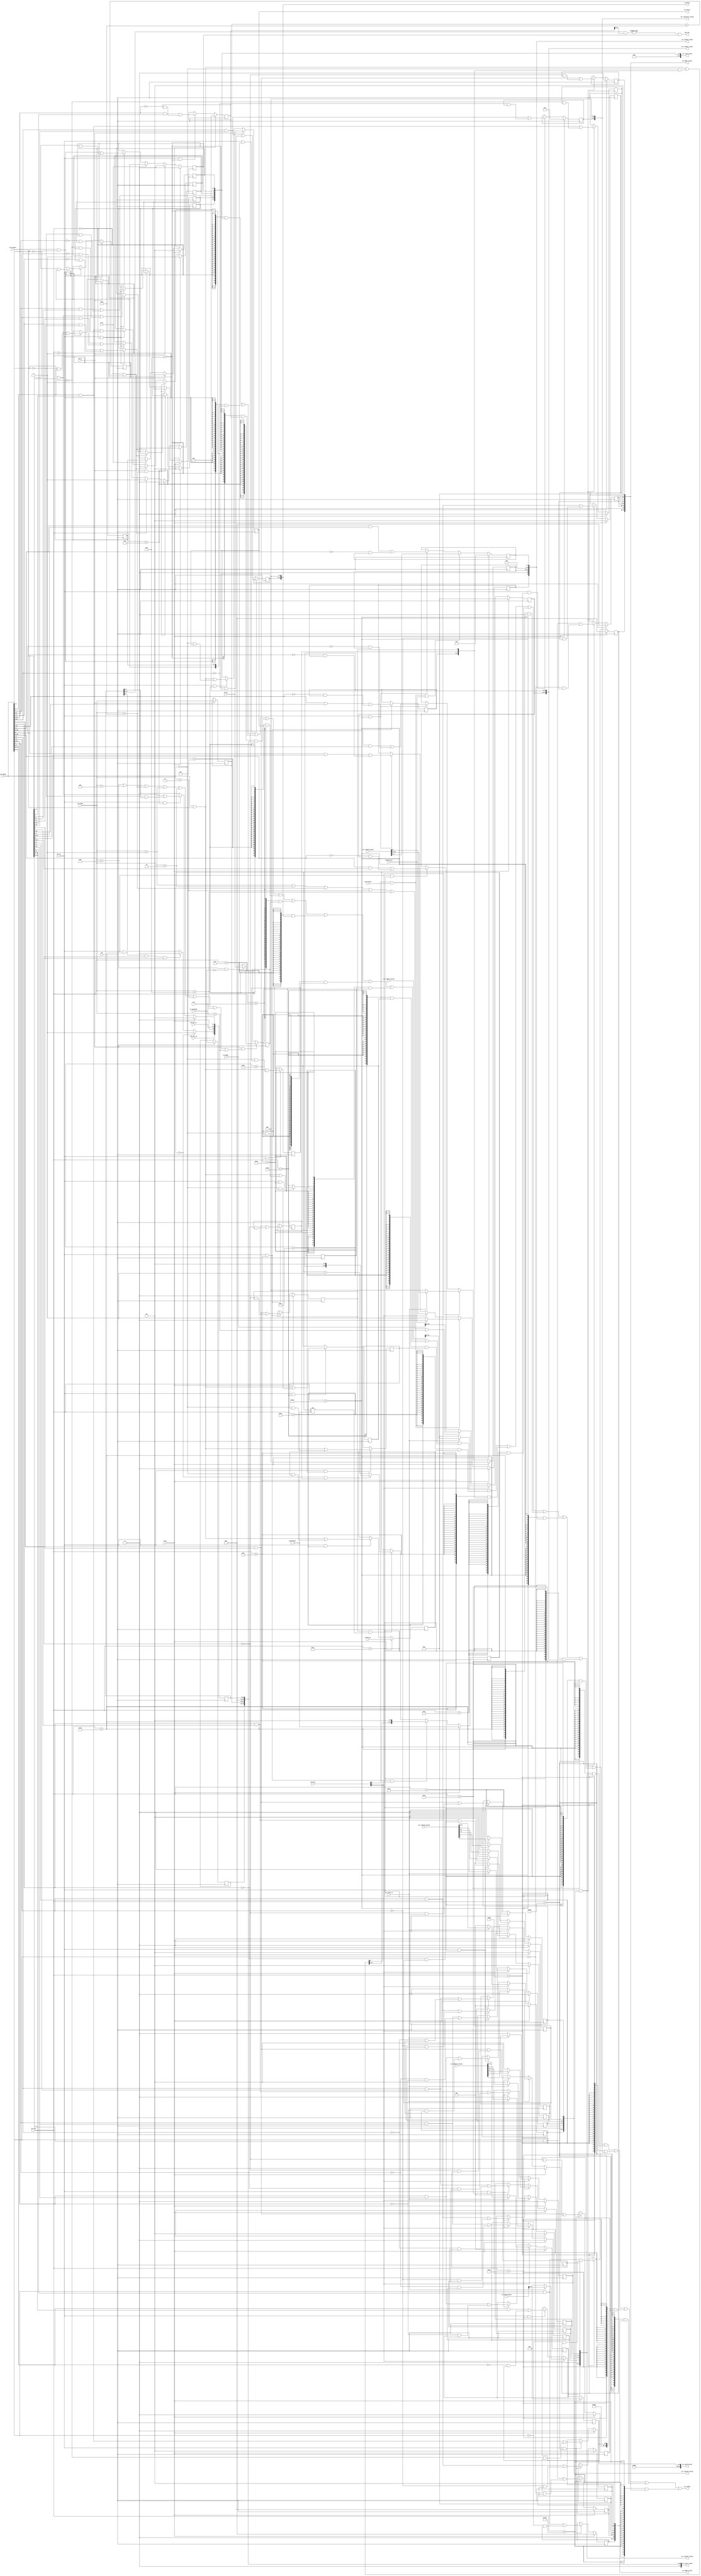
// CSR_NUM declaration
    `define CSR_CRMD      32'h0
    `define CSR_PRMD      32'h1
    `define CSR_ECFG      32'h4
    `define CSR_ESTAT     32'h5
    `define CSR_ERA       32'h6
    `define CSR_BADV      32'h7
    `define CSR_EENTRY    32'hc
    `define CSR_TLBIDX    32'h10
    `define CSR_TLBEHI    32'h11
    `define CSR_TLBELO0   32'h12
    `define CSR_TLBELO1   32'h13
    `define CSR_ASID      32'h18
    `define CSR_SAVE0     32'h30
    `define CSR_SAVE1     32'h31   
    `define CSR_SAVE2     32'h32
    `define CSR_SAVE3     32'h33
    `define CSR_TID       32'h40
    `define CSR_TCFG      32'h41
    `define CSR_TVAL      32'h42
    `define CSR_TICLR     32'h44
    `define CSR_TLBRENTRY 32'h88
    `define CSR_DMW0      32'h180
    `define CSR_DMW1      32'h181

// CSR_SEL declaration
    `define CSR_CRMD_PLV      1 :0  
    `define CSR_CRMD_IE       2
    `define CSR_CRMD_DA       3
    `define CSR_CRMD_PG       4 
    `define CSR_CRMD_DATF     6 :5
    `define CSR_CRMD_DATM     8 :7
    `define CSR_PRMD_PPLV     1 :0
    `define CSR_PRMD_PIE      2
    `define CSR_ECFG_LIE      12:0
    `define CSR_ESTAT_IS10    1 :0
    `define CSR_TICLR_CLR     0
    `define CSR_ERA_PC        31:0
    `define CSR_EENTRY_VA     31:6
    `define CSR_SAVE_DATA     31:0
    `define CSR_TID_TID       31:0
    `define CSR_TCFG_EN       0
    `define CSR_TCFG_PERIOD   1
    `define CSR_TCFG_INITV    31:2
    `define CSR_TCFG_INITVAL  31:2
    `define CSR_TLBIDX_INDEX  3 :0
    `define CSR_TLBIDX_PS     29:24
    `define CSR_TLBIDX_NE     31
    `define CSR_TLBEHI_VPPN   31:13
    `define CSR_TLBELO_V      0
    `define CSR_TLBELO_D      1
    `define CSR_TLBELO_PLV    3 :2
    `define CSR_TLBELO_MAT    5 :4
    `define CSR_TLBELO_G      6
    `define CSR_TLBELO_PPN    31:8
    `define CSR_TLBRENTRY_PA  31:6
    `define CSR_ASID_ASID     9 :0
    `define CSR_ASID_ASIDBITS 23:16
    `define CSR_DMW_PLV0      0
    `define CSR_DMW_PLV3      3
    `define CSR_DMW_MAT       5 :4
    `define CSR_DMW_PSEG      27:25
    `define CSR_DMW_VSEG      31:29


// EX_CODE declaration
    `define ECODE_INT     6'h0
    `define ECODE_PIL     6'h1
    `define ECODE_PIS     6'h2
    `define ECODE_PIF     6'h3
    `define ECODE_PME     6'h4
    `define ECODE_PPI     6'h7    
    `define ECODE_ADE     6'h8
    `define ECODE_ALE     6'h9
    `define ECODE_SYS     6'hb
    `define ECODE_BRK     6'hc
    `define ECODE_INE     6'hd
    `define ECODE_IPE     6'he
    `define ECODE_FPD     6'hf
    `define ECODE_TLBR    6'h3f 
    `define ESUBCODE_ADEF 9'h0  
    `define ESUBCODE_ADEM 9'h1

module csr(
    input          clk,
    input          reset,
// read port
    input  [13: 0] csr_num,
    output [31: 0] csr_rvalue,
// write port
    input          csr_we,
    input  [31: 0] csr_wmask,
    input  [31: 0] csr_wvalue,

// exception trigger
    input          ws_ex, 
    input  [5 : 0] ws_ecode, 
    input  [8 : 0] ws_esubcode,
    input  [31: 0] ws_pc,
    input  [31: 0] ws_vaddr,
    input  [31: 0] coreid_in,
    input          ertn,  //ertn

    output         has_int, 
    output [31: 0] ex_entry, 
    output [31: 0] era_entry,
    
    input  [7 : 0] hw_int_in,
    input          ipi_int_in,

    // tlb relative
    input  [4 : 0] tlb_bus, //as order::tlbsrch,tlbrd,tlbwr,tlbfill,invtlb
    input          srch_valid,
    input          tlbsrch_hit,
    input          csr_tlbrd_re,
    input  [31: 0] csr_tlbidx_wvalue,
    input  [31: 0] csr_tlbehi_wvalue,
    input  [31: 0] csr_tlbelo0_wvalue,
    input  [31: 0] csr_tlbelo1_wvalue,
    input  [31: 0] csr_asid_wvalue,

    output [31: 0] csr_tlbrentry_rvalue,

    output [31: 0] csr_tlbidx_rvalue,
    output [31: 0] csr_tlbehi_rvalue,
    output [31: 0] csr_tlbelo0_rvalue,
    output [31: 0] csr_tlbelo1_rvalue,
    output [31: 0] csr_asid_rvalue,
    output [31: 0] csr_crmd_rvalue,
    output [31: 0] csr_dmw0_rvalue,
    output [31: 0] csr_dmw1_rvalue,
    output [31: 0] csr_estat_rvalue
);


// CRMD
    reg  [ 1: 0] csr_crmd_plv;
    reg          csr_crmd_ie;
    reg          csr_crmd_da;
    reg          csr_crmd_pg;
    reg  [ 1: 0] csr_crmd_datf;
    reg  [ 1: 0] csr_crmd_datm;

// PRMD
    reg  [ 1: 0] csr_prmd_pplv;
    reg          csr_prmd_pie;
    wire [31: 0] csr_prmd_rvalue;
 
// ECFG
    reg  [12: 0] csr_ecfg_lie;
    wire [31: 0] csr_ecfg_rvalue;

// ESTAT
    reg  [12: 0] csr_estat_is;
    reg  [21:16] csr_estat_ecode;
    reg  [30:22] csr_estat_esubcode;

// ERA
    reg  [31: 0] csr_era_pc;
    wire [31: 0] csr_era_rvalue;

// BADV
    wire         ws_ex_addr_err;
    reg  [31: 0] csr_badv_vaddr;
    wire [31: 0] csr_badv_rvalue;

// EENTRY
    reg  [31: 6] csr_eentry_va;
    wire [31: 0] csr_eentry_rvalue;

// SAVE0~3
    reg  [31: 0] csr_save0_data;
    reg  [31: 0] csr_save1_data;
    reg  [31: 0] csr_save2_data;
    reg  [31: 0] csr_save3_data;
    wire [31: 0] csr_save0_rvalue;
    wire [31: 0] csr_save1_rvalue;
    wire [31: 0] csr_save2_rvalue;
    wire [31: 0] csr_save3_rvalue;

// TID
    reg  [31: 0] csr_tid_tid;
    wire [31: 0] csr_tid_rvalue;

// TCFG
    reg          csr_tcfg_en;
    reg          csr_tcfg_periodic;
    reg  [31: 2] csr_tcfg_initval;
    wire [31: 0] csr_tcfg_rvalue;

// TVAL
    wire [31: 0] tcfg_next_value;
    reg  [31: 0] timer_cnt;
    wire [31: 0] csr_tval_timeval;
    wire [31: 0] csr_tval_rvalue;

// TICLR
    wire         csr_ticlr_clr;
    wire [31: 0] csr_ticlr_rvalue;

// TLBIDX
    reg  [3 : 0] csr_tlbidx_index;
    reg  [29:24] csr_tlbidx_ps;
    reg          csr_tlbidx_ne;

// TLBEHI
    reg  [31:13] csr_tlbehi_vppn;

// TLBELO
    reg          csr_tlbelo0_v;
    reg          csr_tlbelo0_d;
    reg  [3 : 2] csr_tlbelo0_plv;
    reg  [5 : 4] csr_tlbelo0_mat;
    reg          csr_tlbelo0_g;
    reg  [31: 8] csr_tlbelo0_ppn;
    reg          csr_tlbelo1_v;
    reg          csr_tlbelo1_d;
    reg  [3 : 2] csr_tlbelo1_plv;
    reg  [5 : 4] csr_tlbelo1_mat;
    reg          csr_tlbelo1_g;
    reg  [31: 8] csr_tlbelo1_ppn;

// TLBRENTRY
    reg  [31: 6] csr_tlbrentry_pa;
    // wire [31: 0] csr_tlbrentry_rvalue;

// ASID
    reg  [9 : 0] csr_asid_asid;
    wire [7 : 0] csr_asid_asidbits = 8'd10;

// DMW
    reg          csr_dmw0_plv0;
    reg          csr_dmw0_plv3;
    reg  [5 : 4] csr_dmw0_mat;
    reg  [27:25] csr_dmw0_pseg;
    reg  [31:29] csr_dmw0_vseg; 
    reg          csr_dmw1_plv0;
    reg          csr_dmw1_plv3;
    reg  [5 : 4] csr_dmw1_mat;
    reg  [27:25] csr_dmw1_pseg;
    reg  [31:29] csr_dmw1_vseg;


// CRMD: PLV & IE
always @(posedge clk) begin
    if (reset) begin
        csr_crmd_plv <= 2'b0;
        csr_crmd_ie <= 1'b0;
    end
    else if (ws_ex) begin
        csr_crmd_plv <= 2'b0;
        csr_crmd_ie <= 1'b0;
    end
    else if (ertn) begin
        csr_crmd_plv <= csr_prmd_pplv;
        csr_crmd_ie <= csr_prmd_pie;
    end
    else if (csr_we && csr_num==`CSR_CRMD) begin
        csr_crmd_plv <= csr_wmask[`CSR_CRMD_PLV] & csr_wvalue[`CSR_CRMD_PLV]
                    | ~csr_wmask[`CSR_CRMD_PLV] & csr_crmd_plv;
        csr_crmd_ie <= csr_wmask[`CSR_PRMD_PIE] & csr_wvalue[`CSR_PRMD_PIE]
                    | ~csr_wmask[`CSR_PRMD_PIE] & csr_crmd_ie;
        
    end
end

always @(posedge clk ) begin
    if(reset) begin
        csr_crmd_da <= 1'b1;
        csr_crmd_pg <= 1'b0;
        csr_crmd_datf <= 2'b0;
        csr_crmd_datm <= 2'b0;
    end
    else if(ws_ex && ws_ecode == 6'h3f) begin
        csr_crmd_da <= 1'b1;
        csr_crmd_pg <= 1'b0;
    end
    else if(ertn && csr_estat_ecode == 6'b111111) begin
        csr_crmd_da <= 1'b0;
        csr_crmd_pg <= 1'b1;
        // csr_crmd_datf <= 2'b01;
        // csr_crmd_datm <= 2'b01;
    end
    else if(csr_we && csr_num == `CSR_CRMD) begin
        csr_crmd_da <= csr_wmask[`CSR_CRMD_DA] & csr_wvalue[`CSR_CRMD_DA]
                    | ~csr_wmask[`CSR_CRMD_DA] & csr_crmd_da;
        csr_crmd_pg <= csr_wmask[`CSR_CRMD_PG] & csr_wvalue[`CSR_CRMD_PG]
                    | ~csr_wmask[`CSR_CRMD_PG] & csr_crmd_pg;
        csr_crmd_datf <= csr_wmask[`CSR_CRMD_DATF] & csr_wvalue[`CSR_CRMD_DATF]
                    | ~csr_wmask[`CSR_CRMD_DATF] & csr_crmd_datf;
        csr_crmd_datm <= csr_wmask[`CSR_CRMD_DATM] & csr_wvalue[`CSR_CRMD_DATM]
                    | ~csr_wmask[`CSR_CRMD_DATM] & csr_crmd_datm;
    end 
end


//PRMD: PPLV & IE
always @(posedge clk) begin
    if(ws_ex) begin
        csr_prmd_pplv <= csr_crmd_plv;
        csr_prmd_pie  <= csr_crmd_ie;
    end
    else if(csr_we && csr_num == `CSR_PRMD) begin
        csr_prmd_pplv <= csr_wmask[`CSR_PRMD_PPLV] & csr_wvalue[`CSR_PRMD_PPLV]
                      | ~csr_wmask[`CSR_PRMD_PPLV] & csr_prmd_pplv;
        csr_prmd_pie  <= csr_wmask[`CSR_PRMD_PIE] & csr_wvalue[`CSR_PRMD_PIE]
                      | ~csr_wmask[`CSR_PRMD_PIE] & csr_prmd_pie;
    end
end

// ECFG: LIE
always @(posedge clk) begin
    if(reset)
        csr_ecfg_lie <= 13'b0;
    else if(csr_we && csr_num == `CSR_ECFG)
        csr_ecfg_lie <= csr_wmask[`CSR_ECFG_LIE] & csr_wvalue[`CSR_ECFG_LIE]
                      | ~csr_wmask[`CSR_ECFG_LIE] & csr_ecfg_lie;
end

// ESTAT: IS
always @(posedge clk) begin
    if(reset)
        csr_estat_is[1:0] <= 2'b0;
    else if(csr_we && csr_num == `CSR_ESTAT)
        csr_estat_is[1:0] <= csr_wmask[`CSR_ESTAT_IS10] & csr_wvalue[`CSR_ESTAT_IS10]
                          | ~csr_wmask[`CSR_ESTAT_IS10] & csr_estat_is[1:0];
    
    csr_estat_is[9:2] <= hw_int_in[7:0];

    csr_estat_is[10] <= 1'b0;

    if (timer_cnt[31:0]==32'b0)
        csr_estat_is[11] <= 1'b1;
    else if (csr_we && csr_num==`CSR_TICLR && csr_wmask[`CSR_TICLR_CLR] && csr_wvalue[`CSR_TICLR_CLR]) 
        csr_estat_is[11] <= 1'b0;

    csr_estat_is[12] <= ipi_int_in;
end

// ESTAT: Ecode & EsubCode
always @(posedge clk) begin
    if (ws_ex) begin
        csr_estat_ecode <= ws_ecode;
        csr_estat_esubcode <= ws_esubcode;
    end
end

// ERA
always @(posedge clk) begin
    if (ws_ex)
        csr_era_pc <= ws_pc;
    else if (csr_we && csr_num==`CSR_ERA)
        csr_era_pc <= csr_wmask[`CSR_ERA_PC] & csr_wvalue[`CSR_ERA_PC]
                   | ~csr_wmask[`CSR_ERA_PC] & csr_era_pc;
end

// BADV
assign ws_ex_addr_err = ws_ecode == `ECODE_ADE || ws_ecode == `ECODE_ALE 
                    || ws_ecode == `ECODE_TLBR || ws_ecode == `ECODE_PIL 
                    || ws_ecode == `ECODE_PIS || ws_ecode == `ECODE_PIF
                    || ws_ecode == `ECODE_PME || ws_ecode == `ECODE_PPI;

always @(posedge clk) begin
    if (ws_ex && ws_ex_addr_err)
        csr_badv_vaddr <= (ws_ecode==`ECODE_ADE && ws_esubcode==`ESUBCODE_ADEF) ? ws_pc : ws_vaddr;
end

// EENTRY
always @(posedge clk) begin
    if (csr_we && csr_num==`CSR_EENTRY)
        csr_eentry_va <= csr_wmask[`CSR_EENTRY_VA] & csr_wvalue[`CSR_EENTRY_VA]
                      | ~csr_wmask[`CSR_EENTRY_VA] & csr_eentry_va;
end

// SAVE
always @(posedge clk) begin
    if (csr_we && csr_num==`CSR_SAVE0)
        csr_save0_data <= csr_wmask[`CSR_SAVE_DATA] & csr_wvalue[`CSR_SAVE_DATA]
                       | ~csr_wmask[`CSR_SAVE_DATA] & csr_save0_data;
    if (csr_we && csr_num==`CSR_SAVE1)
        csr_save1_data <= csr_wmask[`CSR_SAVE_DATA] & csr_wvalue[`CSR_SAVE_DATA]
                       | ~csr_wmask[`CSR_SAVE_DATA] & csr_save1_data;
    if (csr_we && csr_num==`CSR_SAVE2)
        csr_save2_data <= csr_wmask[`CSR_SAVE_DATA] & csr_wvalue[`CSR_SAVE_DATA]
                       | ~csr_wmask[`CSR_SAVE_DATA] & csr_save2_data;
    if (csr_we && csr_num==`CSR_SAVE3)
        csr_save3_data <= csr_wmask[`CSR_SAVE_DATA] & csr_wvalue[`CSR_SAVE_DATA]
                       | ~csr_wmask[`CSR_SAVE_DATA] & csr_save3_data;
end

// TID
always @(posedge clk) begin
    if (reset)
        csr_tid_tid <= coreid_in;
    else if(csr_we && csr_num==`CSR_TID)
        csr_tid_tid <= csr_wmask[`CSR_TID_TID] & csr_wvalue[`CSR_TID_TID] 
                    | ~csr_wmask[`CSR_TID_TID] & csr_tid_tid;
end

// TCFG
always @(posedge clk) begin
    if (reset)
        csr_tcfg_en <= 1'b0;
    else if (csr_we && csr_num==`CSR_TCFG)
        csr_tcfg_en <= csr_wmask[`CSR_TCFG_EN] & csr_wvalue[`CSR_TCFG_EN] 
                    | ~csr_wmask[`CSR_TCFG_EN] & csr_tcfg_en;
    
    if (csr_we && csr_num==`CSR_TCFG) begin
        csr_tcfg_periodic <= csr_wmask[`CSR_TCFG_PERIOD] & csr_wvalue[`CSR_TCFG_PERIOD]
                          | ~csr_wmask[`CSR_TCFG_PERIOD] & csr_tcfg_periodic;
        csr_tcfg_initval  <= csr_wmask[`CSR_TCFG_INITV] & csr_wvalue[`CSR_TCFG_INITV]
                          | ~csr_wmask[`CSR_TCFG_INITV] & csr_tcfg_initval;
    end
end

// TVAL
assign tcfg_next_value = csr_wmask[31:0] & csr_wvalue[31:0]
                       | ~csr_wmask[31:0] & {csr_tcfg_initval, csr_tcfg_periodic, csr_tcfg_en};

always @(posedge clk) begin
    if (reset)
        timer_cnt <= 32'hffffffff;
    else if (csr_we && csr_num==`CSR_TCFG && tcfg_next_value[`CSR_TCFG_EN])
        timer_cnt <= {tcfg_next_value[`CSR_TCFG_INITVAL], 2'b0};
    else if (csr_tcfg_en && timer_cnt!=32'hffffffff) begin
            if (timer_cnt[31:0]==32'b0 && csr_tcfg_periodic)
                timer_cnt <= {csr_tcfg_initval, 2'b0};
            else
                timer_cnt <= timer_cnt - 1'b1;
    end
end

assign csr_tval_timeval = timer_cnt[31:0];

// TICLR
assign csr_ticlr_clr = 1'b0;

// TLBIDX
always @(posedge clk ) begin // index
    if(reset) begin
        csr_tlbidx_index <= 4'b0;
    end
    else if(tlb_bus[4] && srch_valid && tlbsrch_hit) begin
            csr_tlbidx_index <= csr_tlbidx_wvalue[`CSR_TLBIDX_INDEX];
    end
    else if(csr_we && csr_num == `CSR_TLBIDX) begin
        csr_tlbidx_index <= csr_wmask[`CSR_TLBIDX_INDEX] & csr_wvalue[`CSR_TLBIDX_INDEX]
                         | ~csr_wmask[`CSR_TLBIDX_INDEX] & csr_tlbidx_index;
    end
end

always @(posedge clk ) begin // ps
    if(reset) begin
        csr_tlbidx_ps <= 6'b0;
    end
    else if(tlb_bus[3] /*&& csr_tlbrd_re*/) begin
        if(csr_tlbrd_re)
            csr_tlbidx_ps <= csr_tlbidx_wvalue[`CSR_TLBIDX_PS];
        else
            csr_tlbidx_ps <= 6'b0;
    end
    else if(csr_we && csr_num == `CSR_TLBIDX) begin
        csr_tlbidx_ps <= csr_wmask[`CSR_TLBIDX_PS] & csr_wvalue[`CSR_TLBIDX_PS]
                      | ~csr_wmask[`CSR_TLBIDX_PS] & csr_tlbidx_ps;
    end
end

always @(posedge clk ) begin // ne
    if(reset) begin
        csr_tlbidx_ne <= 1'b0;
    end
    else if(tlb_bus[4] && srch_valid) begin
        if(tlbsrch_hit) 
            csr_tlbidx_ne <= 1'b0;
        else 
            csr_tlbidx_ne <= 1'b1;
        
    end
    else if(tlb_bus[3]) begin
        csr_tlbidx_ne <= csr_tlbidx_wvalue[`CSR_TLBIDX_NE];
    end
    else if(csr_we && csr_num == `CSR_TLBIDX) begin
        csr_tlbidx_ne <= csr_wmask[`CSR_TLBIDX_NE] & csr_wvalue[`CSR_TLBIDX_NE]
                      | ~csr_wmask[`CSR_TLBIDX_NE] & csr_tlbidx_ne; 
    end
end

// TLBEHI::VPPN
always @(posedge clk ) begin
    if(reset) begin
        csr_tlbehi_vppn <= 19'b0;
    end
    else if(tlb_bus[3]/* && csr_tlbrd_re*/) begin
        if(csr_tlbrd_re)
            csr_tlbehi_vppn <= csr_tlbehi_wvalue[`CSR_TLBEHI_VPPN];
        else
            csr_tlbehi_vppn <= 19'b0;
    end
    else if(ws_ecode == `ECODE_PIL || ws_ecode == `ECODE_PIS || ws_ecode == `ECODE_TLBR || ws_ecode == `ECODE_PIF || ws_ecode == `ECODE_PME || ws_ecode == `ECODE_PPI) begin
        csr_tlbehi_vppn <= ws_vaddr[`CSR_TLBEHI_VPPN];
    end
    else if(csr_we && csr_num == `CSR_TLBEHI) begin
        csr_tlbehi_vppn <= csr_wmask[`CSR_TLBEHI_VPPN] & csr_wvalue[`CSR_TLBEHI_VPPN]
                        | ~csr_wmask[`CSR_TLBEHI_VPPN] & csr_tlbehi_vppn;   
    end
end

// TLBELO01
always @(posedge clk ) begin
    if(reset) begin
        csr_tlbelo0_v   <= 1'b0;
        csr_tlbelo0_d   <= 1'b0;
        csr_tlbelo0_plv <= 2'b0;
        csr_tlbelo0_mat <= 2'b0;
        csr_tlbelo0_g   <= 1'b0;
        csr_tlbelo0_ppn <= 24'b0;
    end
    else if (tlb_bus[3] /*&& csr_tlbrd_re*/) begin
        if(csr_tlbrd_re) begin
            csr_tlbelo0_v   <= csr_tlbelo0_wvalue[`CSR_TLBELO_V];
            csr_tlbelo0_d   <= csr_tlbelo0_wvalue[`CSR_TLBELO_D];
            csr_tlbelo0_plv <= csr_tlbelo0_wvalue[`CSR_TLBELO_PLV];
            csr_tlbelo0_mat <= csr_tlbelo0_wvalue[`CSR_TLBELO_MAT];
            csr_tlbelo0_ppn <= csr_tlbelo0_wvalue[`CSR_TLBELO_PPN];
            csr_tlbelo0_g   <= csr_tlbelo0_wvalue[`CSR_TLBELO_G]; 
        end else begin
            csr_tlbelo0_v   <= 1'b0;
            csr_tlbelo0_d   <= 1'b0;
            csr_tlbelo0_plv <= 2'b0;
            csr_tlbelo0_mat <= 2'b0;
            csr_tlbelo0_g   <= 1'b0;
            csr_tlbelo0_ppn <= 24'b0;
        end

 
    end
    else if(csr_we && csr_num == `CSR_TLBELO0) begin
        csr_tlbelo0_v   <= csr_wmask[`CSR_TLBELO_V] & csr_wvalue[`CSR_TLBELO_V]
                        | ~csr_wmask[`CSR_TLBELO_V] & csr_tlbelo0_v; 
        csr_tlbelo0_d   <= csr_wmask[`CSR_TLBELO_D] & csr_wvalue[`CSR_TLBELO_D]
                        | ~csr_wmask[`CSR_TLBELO_D] & csr_tlbelo0_d;
        csr_tlbelo0_plv <= csr_wmask[`CSR_TLBELO_PLV] & csr_wvalue[`CSR_TLBELO_PLV]
                        | ~csr_wmask[`CSR_TLBELO_PLV] & csr_tlbelo0_plv;
        csr_tlbelo0_mat <= csr_wmask[`CSR_TLBELO_MAT] & csr_wvalue[`CSR_TLBELO_MAT]
                        | ~csr_wmask[`CSR_TLBELO_MAT] & csr_tlbelo0_mat;
        csr_tlbelo0_ppn <= csr_wmask[`CSR_TLBELO_PPN] & csr_wvalue[`CSR_TLBELO_PPN]
                        | ~csr_wmask[`CSR_TLBELO_PPN] & csr_tlbelo0_ppn;
        csr_tlbelo0_g   <= csr_wmask[`CSR_TLBELO_G] & csr_wvalue[`CSR_TLBELO_G]
                        | ~csr_wmask[`CSR_TLBELO_G] & csr_tlbelo0_g;    
    end
end

always @(posedge clk ) begin
    if(reset) begin
        csr_tlbelo1_v   <= 1'b0;
        csr_tlbelo1_d   <= 1'b0;
        csr_tlbelo1_plv <= 2'b0;
        csr_tlbelo1_mat <= 2'b0;
        csr_tlbelo1_g   <= 1'b0;
        csr_tlbelo1_ppn <= 24'b0;
    end
    else if (tlb_bus[3]/* && csr_tlbrd_re*/) begin
        if(csr_tlbrd_re) begin
            csr_tlbelo1_v   <= csr_tlbelo1_wvalue[`CSR_TLBELO_V];
            csr_tlbelo1_d   <= csr_tlbelo1_wvalue[`CSR_TLBELO_D];
            csr_tlbelo1_plv <= csr_tlbelo1_wvalue[`CSR_TLBELO_PLV];
            csr_tlbelo1_mat <= csr_tlbelo1_wvalue[`CSR_TLBELO_MAT];
            csr_tlbelo1_ppn <= csr_tlbelo1_wvalue[`CSR_TLBELO_PPN];
            csr_tlbelo1_g   <= csr_tlbelo1_wvalue[`CSR_TLBELO_G];  
        end else begin
            csr_tlbelo1_v   <= 1'b0;
            csr_tlbelo1_d   <= 1'b0;
            csr_tlbelo1_plv <= 2'b0;
            csr_tlbelo1_mat <= 2'b0;
            csr_tlbelo1_g   <= 1'b0;
            csr_tlbelo1_ppn <= 24'b0;
        end
    end
    else if(csr_we && csr_num == `CSR_TLBELO1) begin
        csr_tlbelo1_v   <= csr_wmask[`CSR_TLBELO_V] & csr_wvalue[`CSR_TLBELO_V]
                        | ~csr_wmask[`CSR_TLBELO_V] & csr_tlbelo1_v; 
        csr_tlbelo1_d   <= csr_wmask[`CSR_TLBELO_D] & csr_wvalue[`CSR_TLBELO_D]
                        | ~csr_wmask[`CSR_TLBELO_D] & csr_tlbelo1_d;
        csr_tlbelo1_plv <= csr_wmask[`CSR_TLBELO_PLV] & csr_wvalue[`CSR_TLBELO_PLV]
                        | ~csr_wmask[`CSR_TLBELO_PLV] & csr_tlbelo1_plv;
        csr_tlbelo1_mat <= csr_wmask[`CSR_TLBELO_MAT] & csr_wvalue[`CSR_TLBELO_MAT]
                        | ~csr_wmask[`CSR_TLBELO_MAT] & csr_tlbelo1_mat;
        csr_tlbelo1_ppn <= csr_wmask[`CSR_TLBELO_PPN] & csr_wvalue[`CSR_TLBELO_PPN]
                        | ~csr_wmask[`CSR_TLBELO_PPN] & csr_tlbelo1_ppn;
        csr_tlbelo1_g   <= csr_wmask[`CSR_TLBELO_G] & csr_wvalue[`CSR_TLBELO_G]
                        | ~csr_wmask[`CSR_TLBELO_G] & csr_tlbelo1_g;    
    end
end

// TLBRENTRY
always @(posedge clk ) begin
    if(reset)begin
        csr_tlbrentry_pa <= 26'b0;
    end 
    else if(csr_we && csr_num == `CSR_TLBRENTRY) begin
        csr_tlbrentry_pa <= csr_wmask[`CSR_TLBRENTRY_PA] & csr_wvalue[`CSR_TLBRENTRY_PA]
                         | ~csr_wmask[`CSR_TLBRENTRY_PA] & csr_tlbrentry_pa; 
    end
end

// ASID
always @(posedge clk ) begin
    if(reset) begin
        csr_asid_asid <= 10'b0;
    end
    else if(tlb_bus[3]/* && csr_tlbrd_re*/) begin
        if(csr_tlbrd_re)
            csr_asid_asid <= csr_asid_wvalue[`CSR_ASID_ASID];
        else 
            csr_asid_asid <= 10'b0;
    end
    else if(csr_we && csr_num == `CSR_ASID)begin
        csr_asid_asid  <= csr_wmask[`CSR_ASID_ASID] & csr_wvalue[`CSR_ASID_ASID]
                       | ~csr_wmask[`CSR_ASID_ASID] & csr_asid_asid; 
    end
end

// DMW01
always @(posedge clk ) begin
    if(reset) begin
        csr_dmw0_plv0 <= 1'b0;
        csr_dmw0_plv3 <= 1'b0;
        csr_dmw0_mat  <= 2'b0;
        csr_dmw0_pseg <= 3'b0;
        csr_dmw0_vseg <= 3'b0;
    end
    else if(csr_we && csr_num == `CSR_DMW0)begin
        csr_dmw0_plv0  <= csr_wmask[`CSR_DMW_PLV0] & csr_wvalue[`CSR_DMW_PLV0]
                       | ~csr_wmask[`CSR_DMW_PLV0] & csr_dmw0_plv0; 
        csr_dmw0_plv3  <= csr_wmask[`CSR_DMW_PLV3] & csr_wvalue[`CSR_DMW_PLV3]
                       | ~csr_wmask[`CSR_DMW_PLV3] & csr_dmw0_plv3; 
        csr_dmw0_mat   <= csr_wmask[`CSR_DMW_MAT] & csr_wvalue[`CSR_DMW_MAT]
                       | ~csr_wmask[`CSR_DMW_MAT] & csr_dmw0_mat; 
        csr_dmw0_pseg  <= csr_wmask[`CSR_DMW_PSEG] & csr_wvalue[`CSR_DMW_PSEG]
                       | ~csr_wmask[`CSR_DMW_PSEG] & csr_dmw0_pseg;
        csr_dmw0_vseg  <= csr_wmask[`CSR_DMW_VSEG] & csr_wvalue[`CSR_DMW_VSEG]
                       | ~csr_wmask[`CSR_DMW_VSEG] & csr_dmw0_vseg;   
    end
end

always @(posedge clk ) begin
    if(reset) begin
        csr_dmw1_plv0 <= 1'b0;
        csr_dmw1_plv3 <= 1'b0;
        csr_dmw1_mat  <= 2'b0;
        csr_dmw1_pseg <= 3'b0;
        csr_dmw1_vseg <= 3'b0;
    end
    else if(csr_we && csr_num == `CSR_DMW1)begin
        csr_dmw1_plv0  <= csr_wmask[`CSR_DMW_PLV0] & csr_wvalue[`CSR_DMW_PLV0]
                       | ~csr_wmask[`CSR_DMW_PLV0] & csr_dmw1_plv0; 
        csr_dmw1_plv3  <= csr_wmask[`CSR_DMW_PLV3] & csr_wvalue[`CSR_DMW_PLV3]
                       | ~csr_wmask[`CSR_DMW_PLV3] & csr_dmw1_plv3; 
        csr_dmw1_mat   <= csr_wmask[`CSR_DMW_MAT] & csr_wvalue[`CSR_DMW_MAT]
                       | ~csr_wmask[`CSR_DMW_MAT] & csr_dmw1_mat; 
        csr_dmw1_pseg  <= csr_wmask[`CSR_DMW_PSEG] & csr_wvalue[`CSR_DMW_PSEG]
                       | ~csr_wmask[`CSR_DMW_PSEG] & csr_dmw1_pseg;
        csr_dmw1_vseg  <= csr_wmask[`CSR_DMW_VSEG] & csr_wvalue[`CSR_DMW_VSEG]
                       | ~csr_wmask[`CSR_DMW_VSEG] & csr_dmw1_vseg;   
    end
end

// default
// assign csr_crmd_da = 1'b1;
// assign csr_crmd_pg = 1'b1;
// assign csr_crmd_datf = 2'b00;
// assign csr_crmd_datm = 2'b00;

// read out value select
assign csr_crmd_rvalue      = {23'b0, csr_crmd_datm, csr_crmd_datf, csr_crmd_pg, csr_crmd_da, csr_crmd_ie, csr_crmd_plv};
assign csr_prmd_rvalue      = {29'b0, csr_prmd_pie, csr_prmd_pplv};
assign csr_ecfg_rvalue      = {19'b0, csr_ecfg_lie};
assign csr_estat_rvalue     = {1'b0, csr_estat_esubcode, csr_estat_ecode, 3'b0, csr_estat_is};
assign csr_era_rvalue       = csr_era_pc;
assign csr_badv_rvalue      = csr_badv_vaddr;
assign csr_eentry_rvalue    = {csr_eentry_va, 6'b0};
assign csr_save0_rvalue     = csr_save0_data;
assign csr_save1_rvalue     = csr_save1_data;
assign csr_save2_rvalue     = csr_save2_data;
assign csr_save3_rvalue     = csr_save3_data;
assign csr_tid_rvalue       = csr_tid_tid;
assign csr_tcfg_rvalue      = {csr_tcfg_initval, csr_tcfg_periodic, csr_tcfg_en};
assign csr_tval_rvalue      = csr_tval_timeval;
assign csr_ticlr_rvalue     = {31'b0, csr_ticlr_clr};

// exp18
assign csr_tlbidx_rvalue    = {csr_tlbidx_ne, 1'b0, csr_tlbidx_ps, 20'b0, csr_tlbidx_index};
assign csr_tlbehi_rvalue    = {csr_tlbehi_vppn, 13'b0};
assign csr_tlbelo0_rvalue   = {csr_tlbelo0_ppn, 1'b0, csr_tlbelo0_g, csr_tlbelo0_mat, csr_tlbelo0_plv, csr_tlbelo0_d, csr_tlbelo0_v}; 
assign csr_tlbelo1_rvalue   = {csr_tlbelo1_ppn, 1'b0, csr_tlbelo1_g, csr_tlbelo1_mat, csr_tlbelo1_plv, csr_tlbelo1_d, csr_tlbelo1_v}; 
assign csr_tlbrentry_rvalue = {csr_tlbrentry_pa, 6'b0}; 
assign csr_asid_rvalue      = {8'b0, csr_asid_asidbits, 6'b0, csr_asid_asid};
assign csr_dmw0_rvalue      = {csr_dmw0_vseg, 1'b0, csr_dmw0_pseg, 19'b0, csr_dmw0_mat, csr_dmw0_plv3, 2'b0, csr_dmw0_plv0};
assign csr_dmw1_rvalue      = {csr_dmw1_vseg, 1'b0, csr_dmw1_pseg, 19'b0, csr_dmw1_mat, csr_dmw1_plv3, 2'b0, csr_dmw1_plv0};

assign csr_rvalue = {32{csr_num == `CSR_CRMD  }}    & csr_crmd_rvalue
                  | {32{csr_num == `CSR_PRMD  }}    & csr_prmd_rvalue 
                  | {32{csr_num == `CSR_ECFG  }}    & csr_ecfg_rvalue
                  | {32{csr_num == `CSR_ESTAT }}    & csr_estat_rvalue
                  | {32{csr_num == `CSR_ERA   }}    & csr_era_rvalue
                  | {32{csr_num == `CSR_BADV  }}    & csr_badv_rvalue
                  | {32{csr_num == `CSR_EENTRY}}    & csr_eentry_rvalue
                  | {32{csr_num == `CSR_SAVE0 }}    & csr_save0_rvalue
                  | {32{csr_num == `CSR_SAVE1 }}    & csr_save1_rvalue
                  | {32{csr_num == `CSR_SAVE2 }}    & csr_save2_rvalue
                  | {32{csr_num == `CSR_SAVE3 }}    & csr_save3_rvalue
                  | {32{csr_num == `CSR_TID   }}    & csr_tid_rvalue
                  | {32{csr_num == `CSR_TCFG  }}    & csr_tcfg_rvalue
                  | {32{csr_num == `CSR_TVAL  }}    & csr_tval_rvalue
                  | {32{csr_num == `CSR_TICLR }}    & csr_ticlr_rvalue
                  | {32{csr_num == `CSR_TLBIDX}}    & csr_tlbidx_rvalue
                  | {32{csr_num == `CSR_TLBEHI}}    & csr_tlbehi_rvalue
                  | {32{csr_num == `CSR_TLBELO0}}   & csr_tlbelo0_rvalue
                  | {32{csr_num == `CSR_TLBELO1}}   & csr_tlbelo1_rvalue
                  | {32{csr_num == `CSR_TLBRENTRY}} & csr_tlbrentry_rvalue
                  | {32{csr_num == `CSR_ASID}}      & csr_asid_rvalue
                  | {32{csr_num == `CSR_DMW0}}      & csr_dmw0_rvalue
                  | {32{csr_num == `CSR_DMW1}}      & csr_dmw1_rvalue;

assign has_int = ((csr_estat_is[11:0] & csr_ecfg_lie[11:0]) != 12'b0) 
                && (csr_crmd_ie == 1'b1);

assign ex_entry = csr_eentry_rvalue;
assign era_entry = csr_era_rvalue;


endmodule